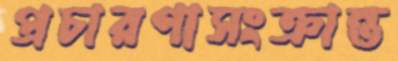
প্রচারণাসংক্রান্ত